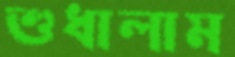
শুধালাম